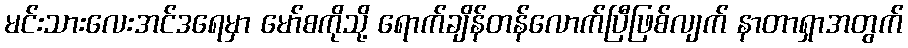
မင်းသားလေးအင်ဒရေမှာ မော်စကိုသို့ ရောက်ချိန်တန်လောက်ပြီဖြစ်လျက် နာတာရှာအတွက်